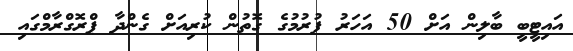
އައިޓީބީ ބާލިން އަށް 50 އަހަރު ފުރުމުގެ ގޮތުން ކުރިއަށް ގެންދާ ޕްރޮގްރާމްގައި